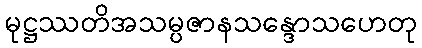
မုဋ္ဌဿတိအသမ္ပဇာနသန္ဒောသဟေတု